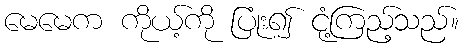
မေမေက ကိုယ့်ကို ပြုံး၍ ငုံ့ကြည့်သည်။